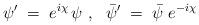
LaTeX: \begin{align*}\psi' \;=\; e^{i\chi}\,\psi~,~~\bar{\psi}' \;=\; \bar{\psi}\;e^{-i\chi}\end{align*}